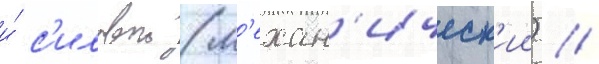
и́ с'иловои (м'ехан'ическ'ии) //